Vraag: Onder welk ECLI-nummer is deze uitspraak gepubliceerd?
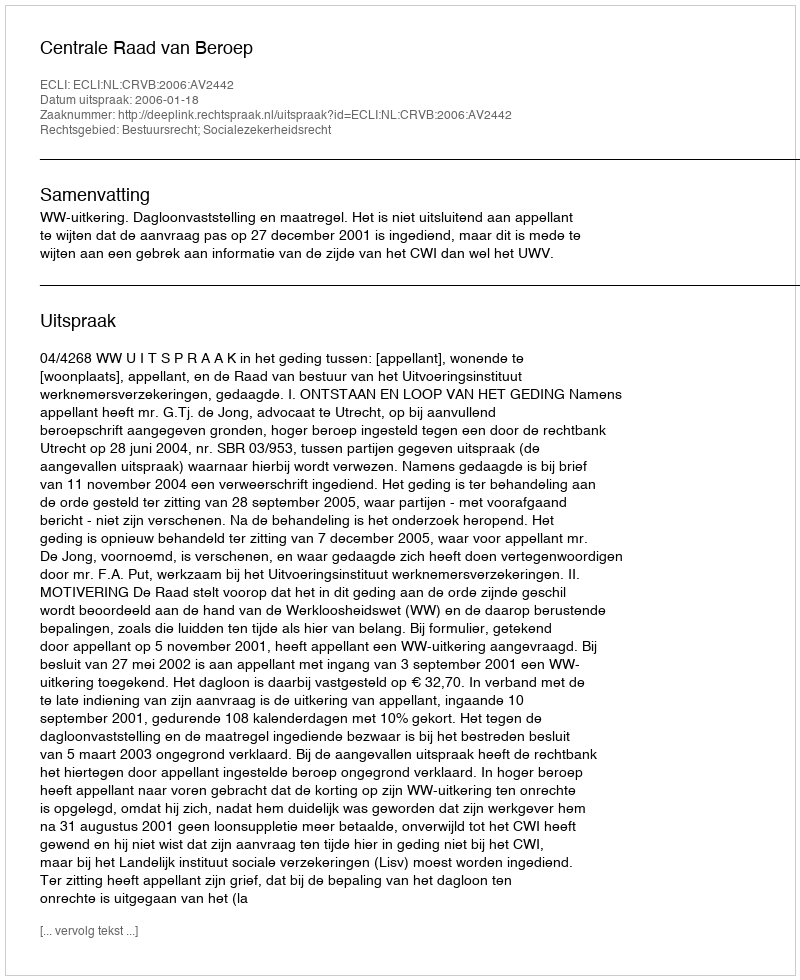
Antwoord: ECLI:NL:CRVB:2006:AV2442